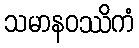
သမာနဝဿိကံ